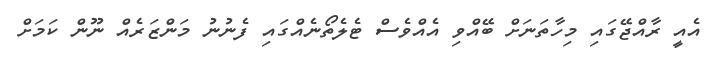
އެއީ ރާއްޖޭގައި މިހާތަނަށް ބޭއްވި އެއްވެސް ޓެލެތޯނެއްގައި ފެނުނު މަންޒަރެއް ނޫން ކަމަށް